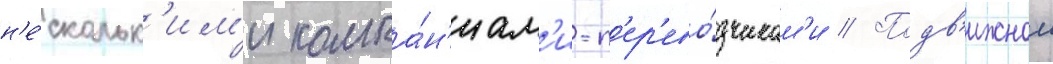
н'е́скольк'им'и компа́н'иам'и-п'ер'ево́зчикам'и // Подв'ижнои